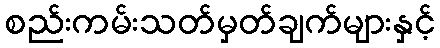
စည်းကမ်းသတ်မှတ်ချက်များနှင့်